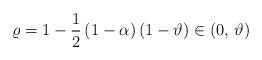
LaTeX: \begin{align*}\varrho=1-\frac{1}{2}\left(1-\alpha\right)\left(1-\vartheta\right)\in\left(0,\,\vartheta\right)\end{align*}